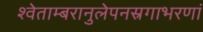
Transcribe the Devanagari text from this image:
श्वेताम्बरानुलेपनस्रगाभरणां